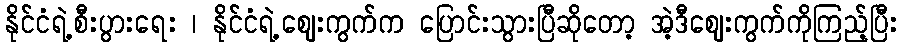
နိုင်ငံရဲ့စီးပွားရေး ၊ နိုင်ငံရဲ့ဈေးကွက်က ပြောင်းသွားပြီဆိုတော့ အဲ့ဒီဈေးကွက်ကိုကြည့်ပြီး